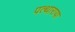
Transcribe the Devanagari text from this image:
पत्थाराया